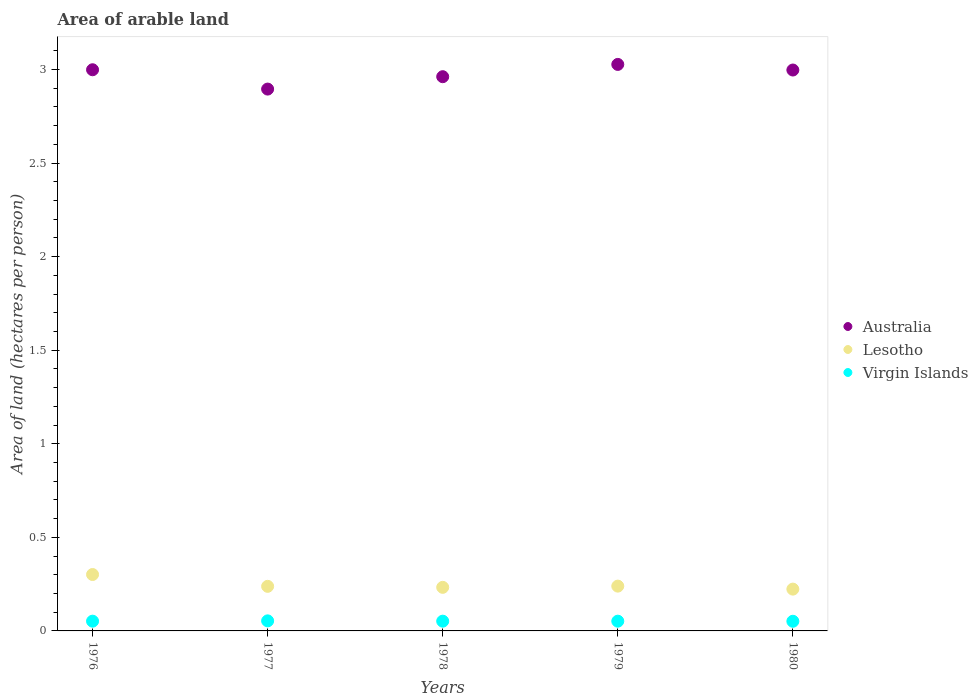
| Years | Australia | Lesotho | Virgin Islands |
 | --- | --- | --- | --- |
 | 1976 | 3 | 0.301 | 0.0521 |
 | 1977 | 2.9 | 0.238 | 0.0538 |
 | 1978 | 2.96 | 0.233 | 0.0521 |
 | 1979 | 3.03 | 0.239 | 0.0521 |
 | 1980 | 3 | 0.223 | 0.0515 |